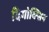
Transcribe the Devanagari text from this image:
दिगोक्सिन